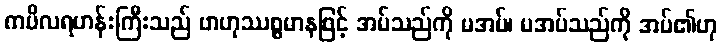
ကပိလရဟန်းကြီးသည် ဗာဟုဿစ္စမာနဖြင့် အပ်သည်ကို မအပ်၊ မအပ်သည်ကို အပ်၏ဟု